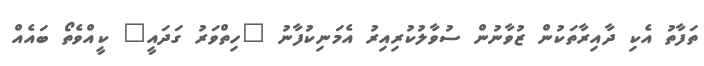
ތަފާތު އެކި ދާއިރާތަކުން ޒުވާނުން ސުވާލުކުރިއިރު އެމަނިކުފާނު "ހިތްވަރު ގަދައީ" ކީއްވެތޯ ބައެއް